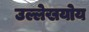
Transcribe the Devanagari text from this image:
उल्लेखयोय